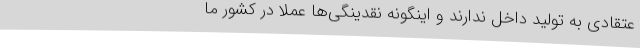
عتقادی به تولید داخل ندارند و اینگونه نقدینگی‌ها عملا در کشور ما